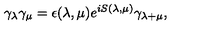
\gamma _ { \lambda } \gamma _ { \mu } = \epsilon ( \lambda , \mu ) e ^ { i S ( \lambda , \mu ) } \gamma _ { \lambda + \mu } ,